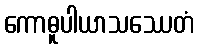
ကောဓူပါယာသဿေတံ